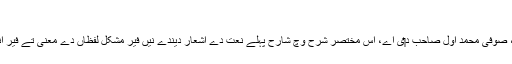
[8]
یہ مختصر شرح حدائق بخشش، صوفی محمد اول صاحب د‏‏ی اے، اس مختصر شرح وچ شارح پہلے نعت دے اشعار دیندے نيں فیر مشکل لفظاں دے معنی تے فیر انہاں اشعار دا مطلب دیندے نيں۔